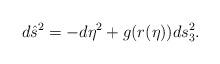
LaTeX: \begin{align*}d\hat{s}^2=-d\eta^2+g(r(\eta))ds^2_3.\end{align*}